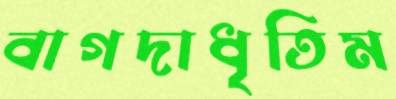
বাগদাধৃতিম